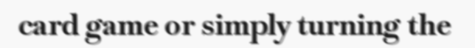
card game or simply turning the